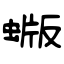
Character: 蝂